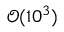
\mathcal { O } ( 1 0 ^ { 3 } )